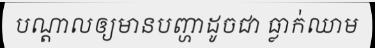
បណ្តាលឲ្យមានបញ្ហាដូចជា ធ្លាក់ឈាម